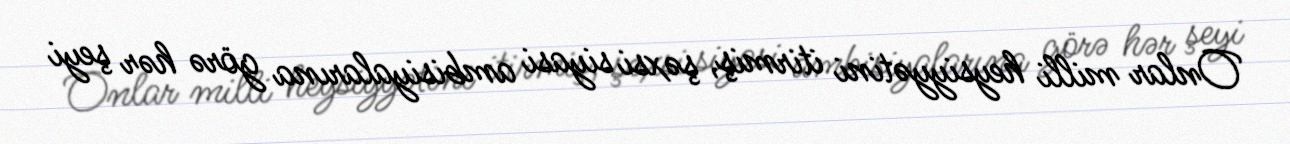
Onlar milli heysiyyətini itirmiş, şəxsi siyasi ambisiyalarına görə hər şeyi